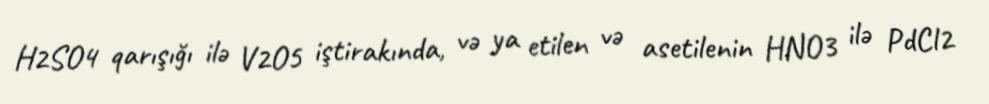
H2SO4 qarışığı ilə V2O5 iştirakında, və ya etilen və asetilenin HNO3 ilə PdCl2